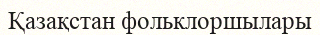
Қазақстан фольклоршылары